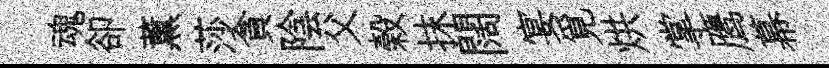
魂卻薫莎貪陰父榖抹闊宴覓烘掌鹰幕